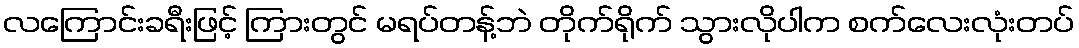
လကြောင်းခရီးဖြင့် ကြားတွင် မရပ်တန့်ဘဲ တိုက်ရိုက် သွားလိုပါက စက်လေးလုံးတပ်